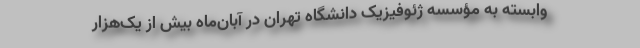
وابسته به مؤسسه ژئوفیزیک دانشگاه تهران در آبان‌ماه بیش از یک‌هزار